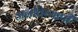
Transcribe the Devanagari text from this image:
अनतिव्यापी